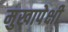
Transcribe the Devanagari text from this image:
मुखापेक्षी